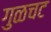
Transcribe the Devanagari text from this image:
गुळचट